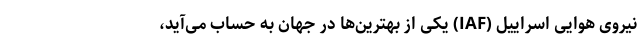
نیروی هوایی اسراییل (IAF) یکی از بهترین‌ها در جهان به حساب می‌آید،